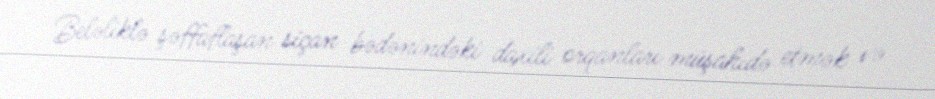
Beləliklə şəffaflaşan siçan bədənindəki daxili orqanları müşahidə etmək və